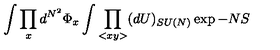
\int \prod _ { x } d ^ { N ^ { 2 } } \Phi _ { x } \int \prod _ { < x y > } ( d U ) _ { S U ( N ) } \exp { - N S }